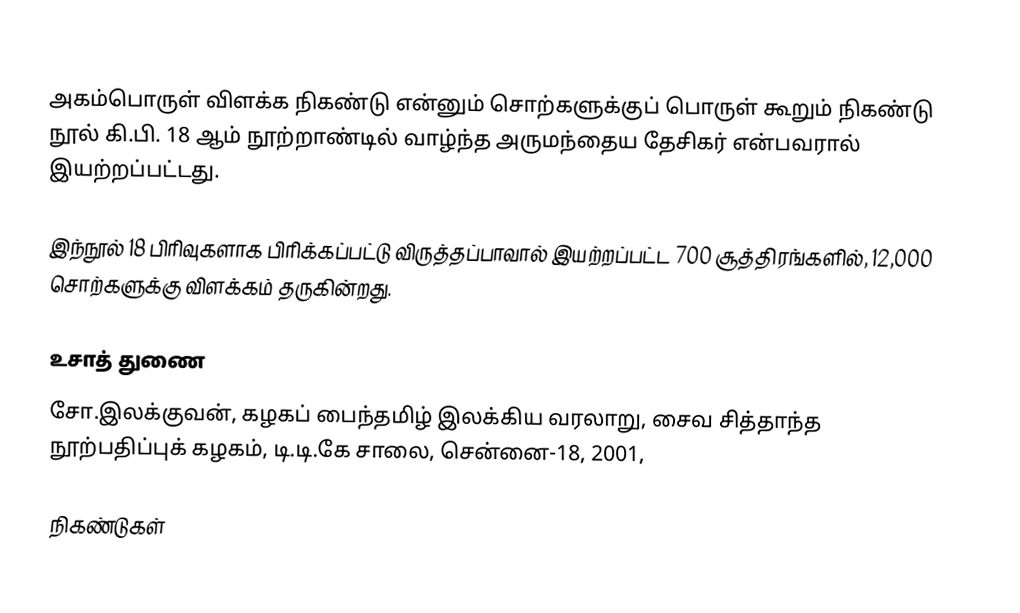
அகம்பொருள் விளக்க நிகண்டு என்னும் சொற்களுக்குப் பொருள் கூறும் நிகண்டு நூல் கி.பி. 18 ஆம் நூற்றாண்டில் வாழ்ந்த அருமந்தைய தேசிகர் என்பவரால் இயற்றப்பட்டது.

இந்நூல் 18 பிரிவுகளாக பிரிக்கப்பட்டு விருத்தப்பாவால் இயற்றப்பட்ட 700 சூத்திரங்களில், 12,000 சொற்களுக்கு விளக்கம் தருகின்றது.

உசாத் துணை
சோ.இலக்குவன், கழகப் பைந்தமிழ் இலக்கிய வரலாறு, சைவ சித்தாந்த நூற்பதிப்புக் கழகம், டி.டி.கே சாலை, சென்னை-18, 2001,

நிகண்டுகள்